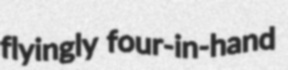
flyingly four-in-hand